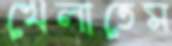
খেলাতেম